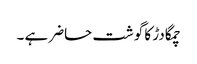
چمگادڑ کا گوشت حاضر ہے ۔